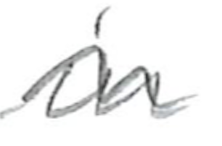
Text: is
Cross-out: wave
Writing tool: pencil